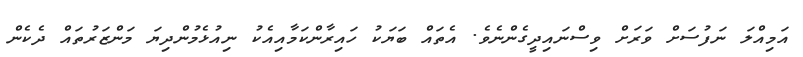
އަމިއްލަ ނަފުސަށް ވަރަށް ވިސްނައިދީގެންނެވެ. އެތައް ބަޔަކު ހައިރާންކަމާއިއެކު ނިއުޅެމުންދިޔަ މަންޒަރުތައް ދެކެން